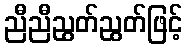
ညီညီညွတ်ညွတ်ဖြင့်